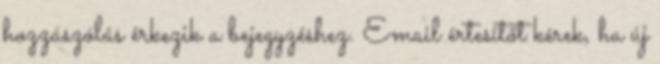
hozzászólás érkezik a bejegyzéshez. Email értesítőt kérek, ha új